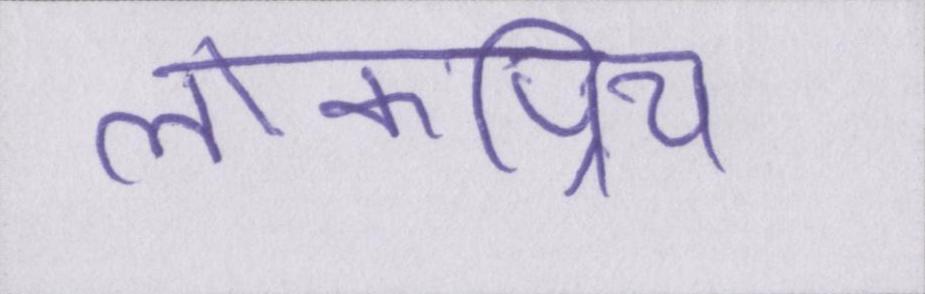
लोकप्रिय